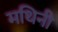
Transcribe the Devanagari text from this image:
मथिनी